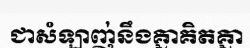
ជាសំឡាញ់នឹងគ្នាគិតគ្នា